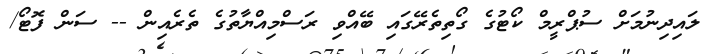
ލައިދިނުމަށް ސުޕްރީމް ކޯޓުގެ ގޯތިތެރޭގައި ބޭއްވި ރަސްމިއްޔާތުގެ ތެރެއިން -- ސަން ފޮޓޯ/